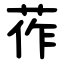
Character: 莋